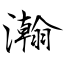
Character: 瀚